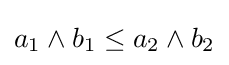
a_{1}\wedge b_{1}\leq a_{2}\wedge b_{2}